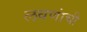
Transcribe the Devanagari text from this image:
लवणांची